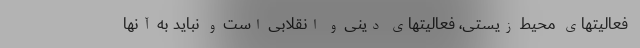
فعالیتهای محیط زیستی، فعالیتهای دینی و انقلابی است و نباید به آنها